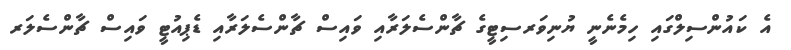
އެ ކައުންސިލްގައި ހިމެނެނީ ޔުނިވަރސިޓީގެ ޗާންސެލަރާއި ވައިސް ޗާންސެލަރާއި ޑެޕިއުޓީ ވައިސް ޗާންސެލަރ